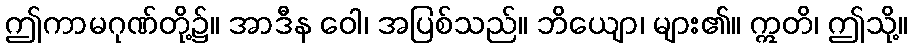
ဤကာမဂုဏ်တို့၌။ အာဒီန ဝေါ၊ အပြစ်သည်။ ဘိယျော၊ များ၏။ ဣတိ၊ ဤသို့။